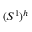
( S ^ { 1 } ) ^ { h }